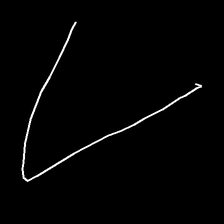
Glyph: region